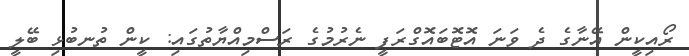
ރޯއިކީން އޭނާގެ ދެ ވަނަ އޮޓޮބައޮގްރަފީ ނެރުމުގެ ރަސްމިއްޔާތުގައި: ކީން ތުނބުޅި ބޭލީ